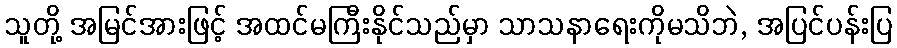
သူတို့ အမြင်အားဖြင့် အထင်မကြီးနိုင်သည်မှာ သာသနာရေးကိုမသိဘဲ, အပြင်ပန်းပြ